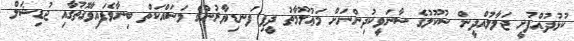
ކުޅުދުއްފުށީ ޖަލާލުއްދީން ސުކޫލުގެ ސާނަވީކުދިންނަށް މަޢުލޫމާތު ދީފި ފަނޑިޔާރުންގެ މަސައްކަތް ބިނާވެފައިވާގޮތުގާއި ޖުޑިޝަލް